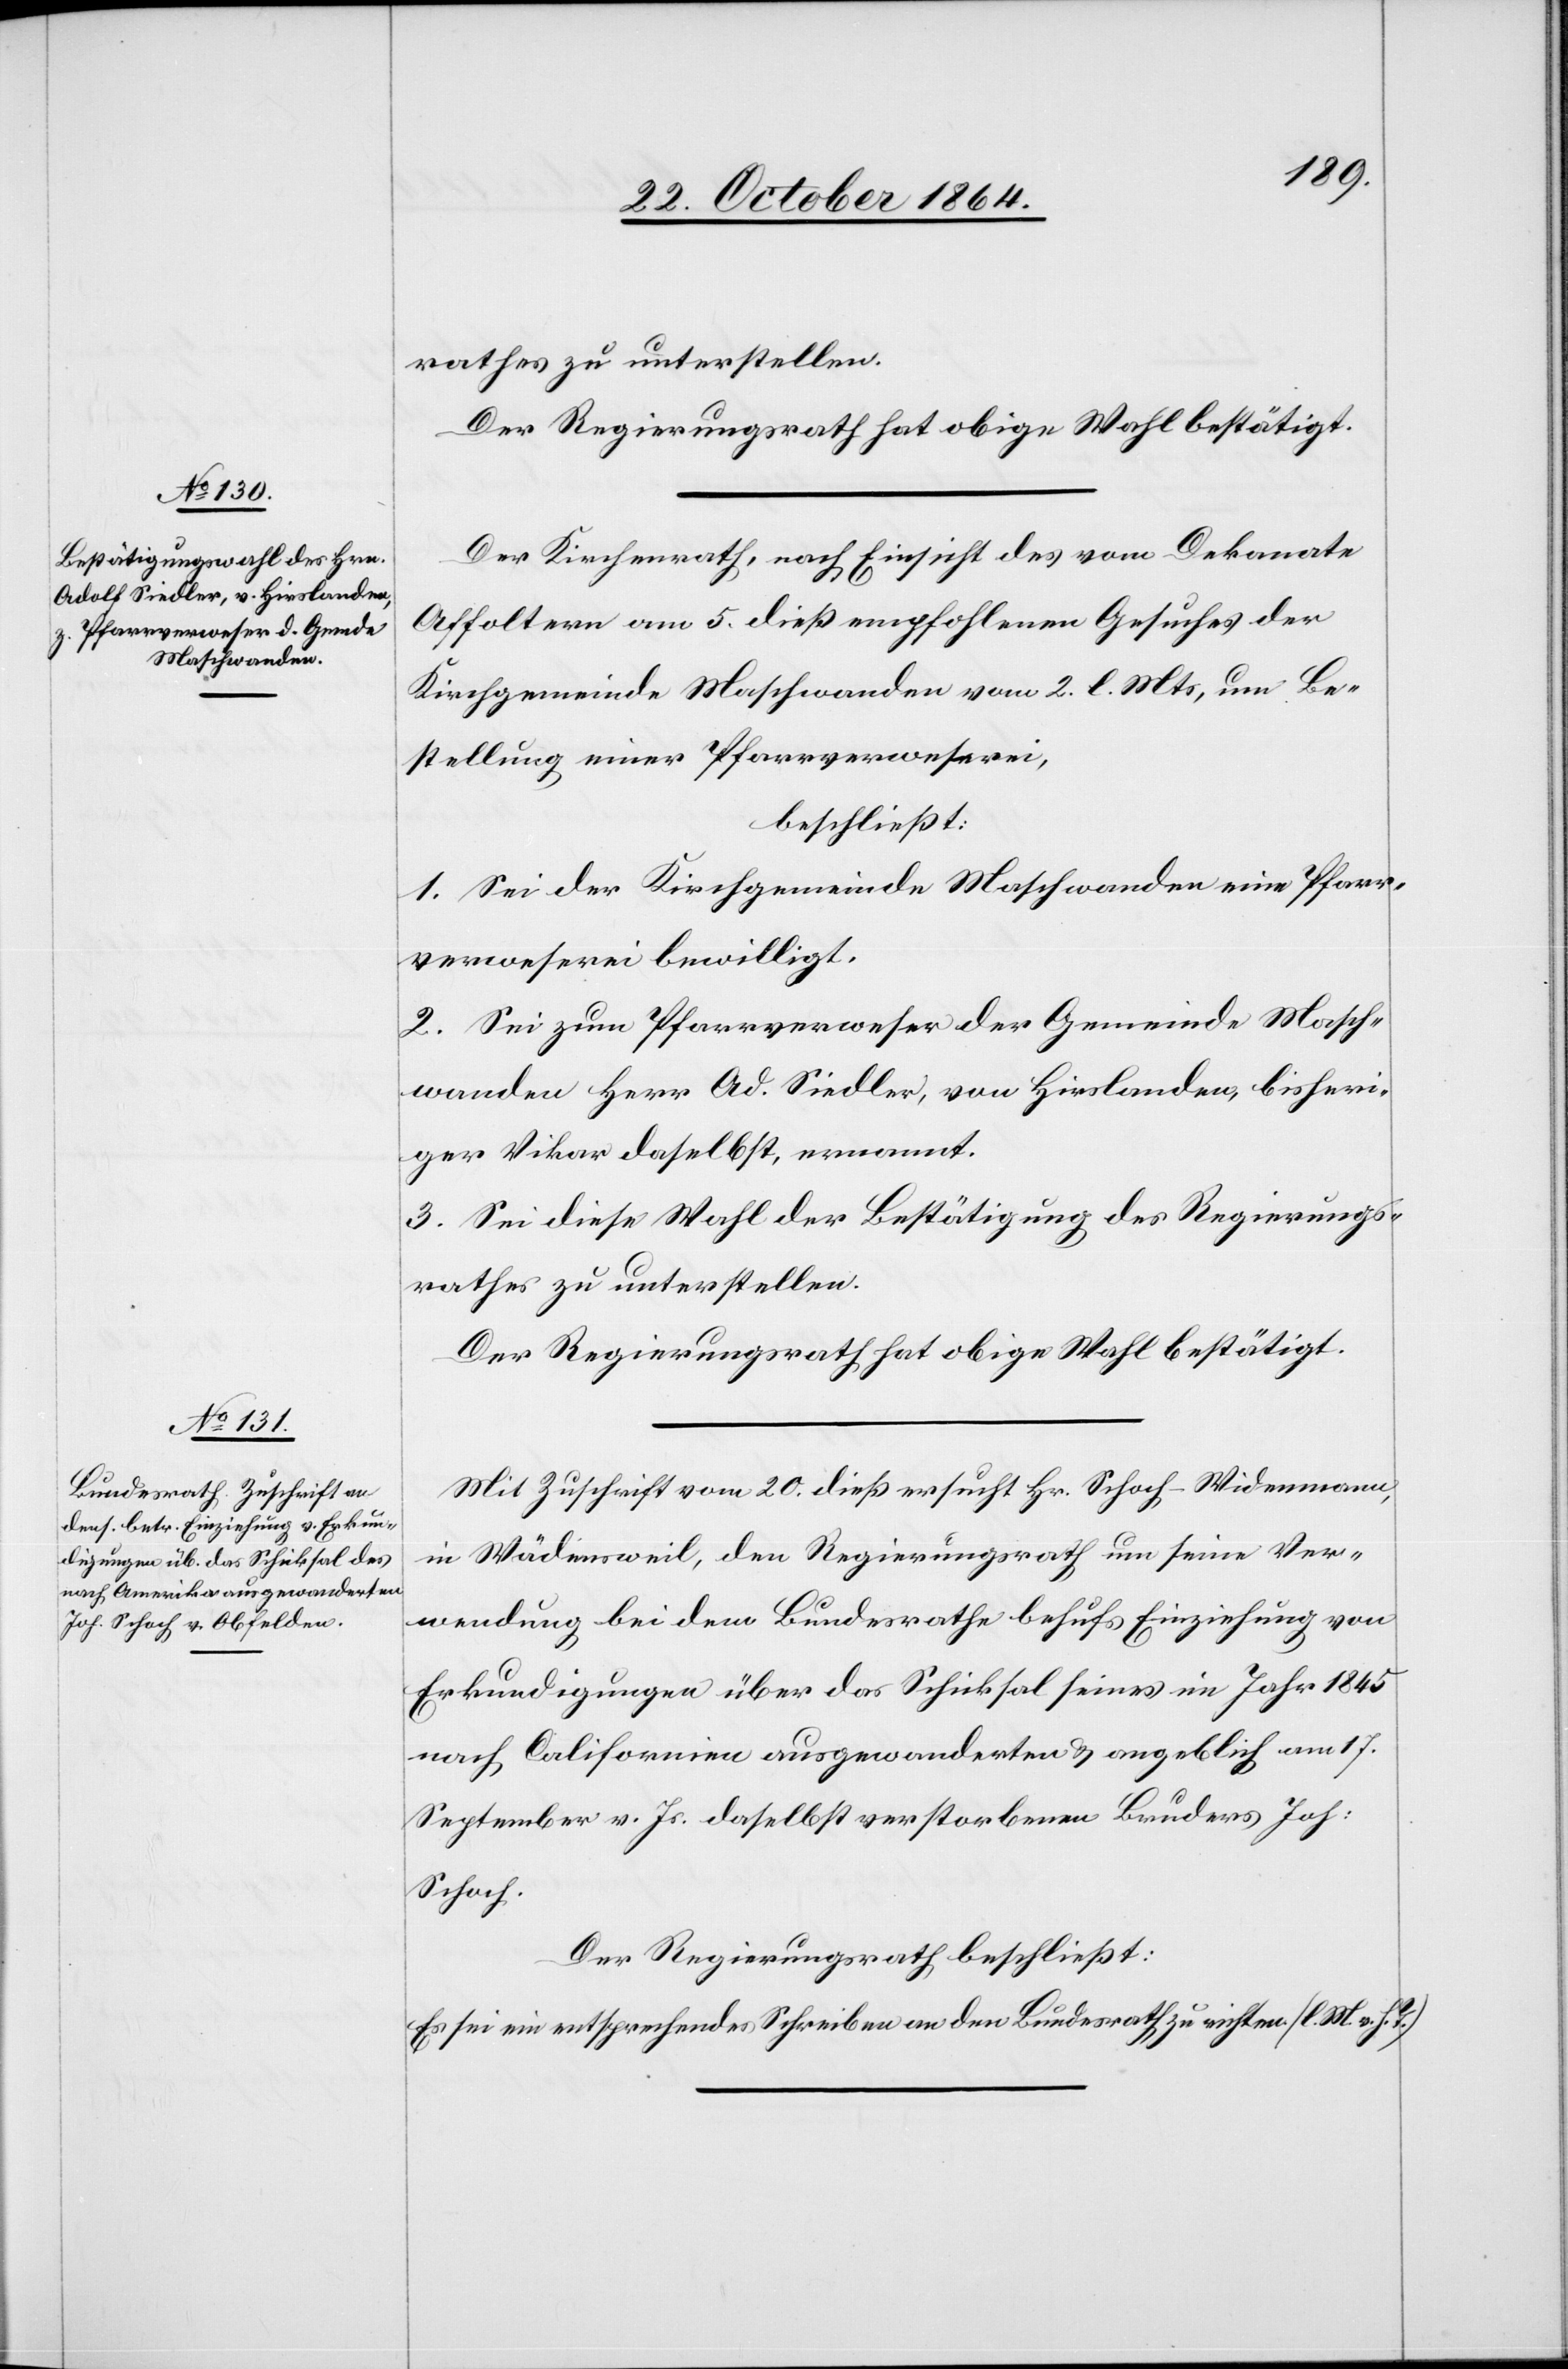
rathes zu unterstellen.
Der Regierungsrath hat obige Wahl bestätigt.
Der Kirchenrath, nach Einsicht des vom Dekanate
Affoltern am 5. dieß empfohlenen Gesuches der
Kirchgemeinde Maschwanden vom 2. l. Mts, um Be¬
stellung einer Pfarrverweserei,
beschließt:
1. Sei der Kirchgemeinde Maschwanden eine Pfarr¬
verweserei bewilligt.
2. Sei zum Pfarrverweser der Gemeinde Masch¬
wanden Herr Ad. Siedler, von Hirslanden, bisheri¬
ger Vikar daselbst, ernannt.
3. Sei diese Wahl der Bestätigung des Regierungs¬
rathes zu unterstellen.
Der Regierungsrath hat obige Wahl bestätigt.
Mit Zuschrift vom 20. dieß ersucht Hr. Schoch-Widenmann,
in Wädensweil, den Regierungsrath um seine Ver¬
wendung bei dem Bundesrathe behufs Einziehung von
Erkundigungen über das Schicksal seines im Jahr 1845
nach California ausgewanderten & angeblich am 17.
September v. Js. daselbst verstorbenen Bruders Joh.
Schoch.
Der Regierungsrath beschließt:
Es sei ein entsprechendes Schreiben an den Bundesrath zu richten (l. M. v. h. T.)